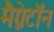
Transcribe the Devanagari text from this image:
मैग्नेटॉन